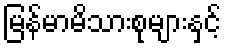
မြန်မာမိသားစုများနှင့်